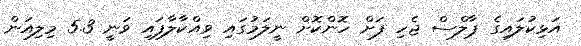
އަޅިކުލައިގެ ޕާލްސް ޖެހި ފަށް ހޮންކޮށް ނީލަމުގައި ވިއްކާލާފައި ވަނީ 5.3 މިލިއަން